Annual report of lunatic asylums [Bombay] - 1912-1922
Year: 1912
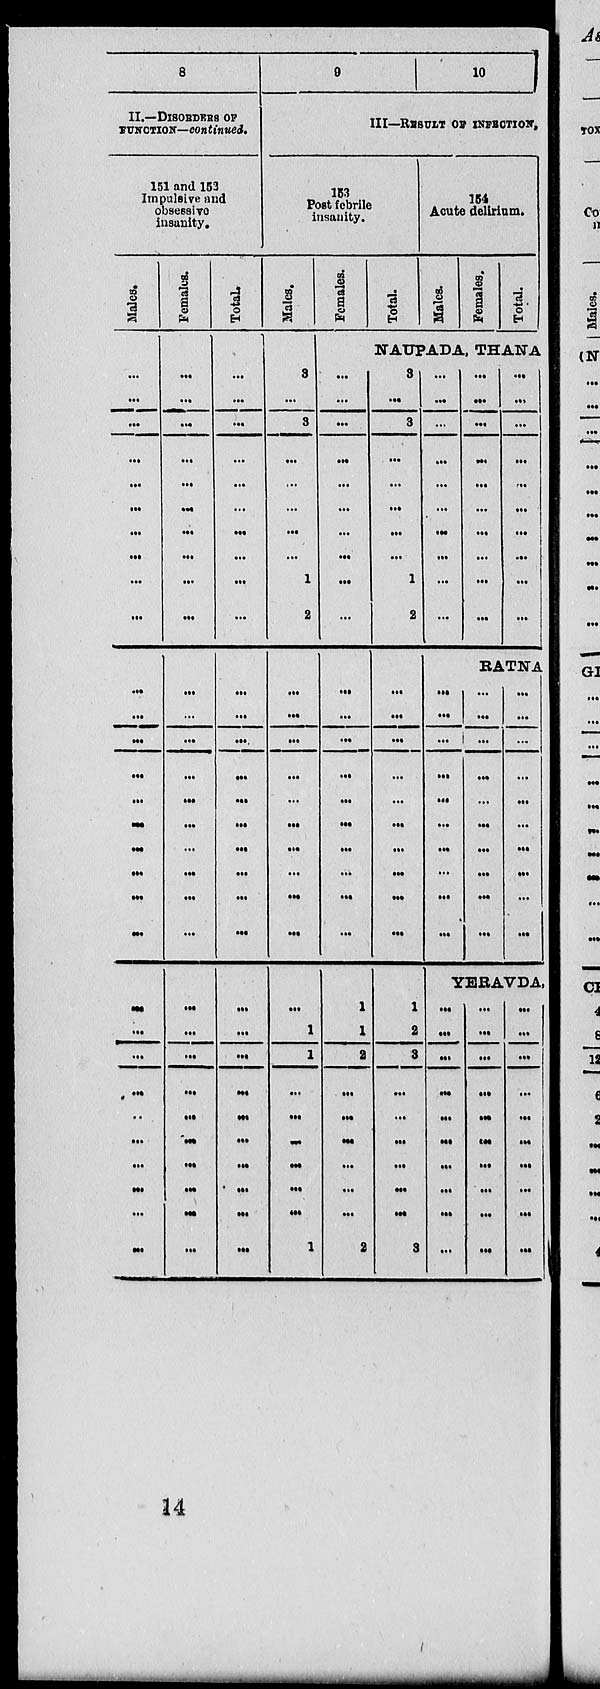
8
II.—DISORDERS OF
FUNCTION—continued.
151 and 153
Impulsive and
obsessive
insanity.
Males.
...
...
...
...
...
...
...
...
...
...
...
...
...
...
...
...
...
...
...
...
...
...
...
...
..
...
...
...
...
...
Females.
...
...
...
...
...
...
...
...
...
...
...
...
...
...
...
...
...
...
...
...
...
...
...
...
...
...
...
...
...
...
Total.
...
...
...
...
...
...
...
...
...
...
...
...
...
...
...
...
...
...
...
...
...
...
...
...
...
...
...
...
...
...
9
10
III—RUSULT OF INFRCTION.
153
Post febrile
insanity.
Males.
3
...
3
...
...
...
...
...
1
2
...
...
...
...
...
...
...
...
...
...
...
1
1
...
...
...
...
...
...
1
Females.
Total.
154
Acute delirium.
Males.
Females.
Total.
NAUPADA, THANA
...
...
...
...
...
...
...
...
...
...
...
...
...
...
...
...
...
...
...
...
1
1
2
...
...
...
...
...
...
2
3
...
3
...
...
...
...
...
1
2
...
...
...
...
...
...
...
...
...
...
1
2
3
...
...
...
...
...
...
3
...
...
...
...
...
...
...
...
...
...
...
...
...
...
...
...
...
...
...
...
...
...
...
...
...
...
...
...
...
...
RATNA
...
...
...
...
...
...
...
...
...
...
...
...
...
...
...
...
...
...
...
...
...
...
...
...
...
...
...
...
...
YERAVDA,
...
...
...
...
...
...
...
...
...
...
...
...
...
...
...
...
...
...
...
...
...
...
...
...
...
...
...
...
...
...
14